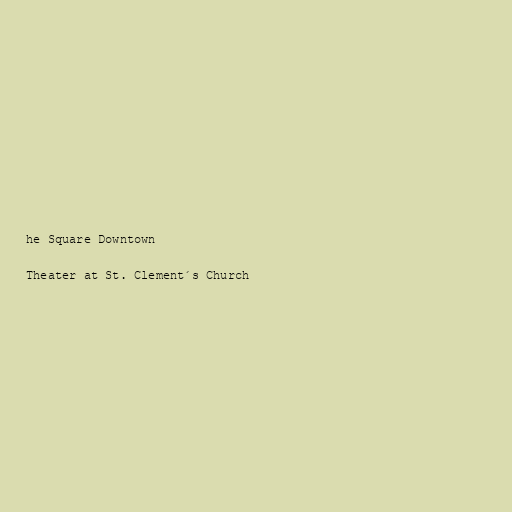
he Square Downtown

Theater at St. Clement´s Church